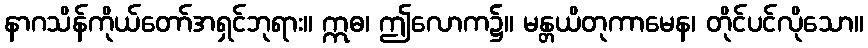
နာဂသိန်ကိုယ်တော်အရှင်ဘုရား။ ဣဓ၊ ဤလောက၌။ မန္တယိတုကာမေန၊ တိုင်ပင်လိုသော။